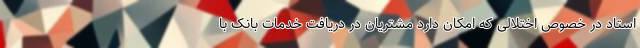
استاد در خصوص اختلالی که امکان دارد مشتریان در دریافت خدمات بانک با